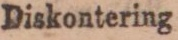
Diskontering af vexlar: